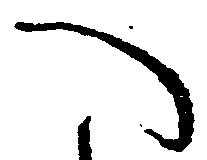
へ